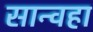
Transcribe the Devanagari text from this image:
सान्वहा